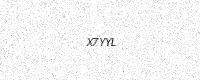
Text: X7YYL